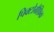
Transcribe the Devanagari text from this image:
पिक्टोग्रैफ़िक